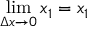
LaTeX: \operatorname* { l i m } _ { \Delta x \to 0 } x _ { 1 } = x _ { 1 }